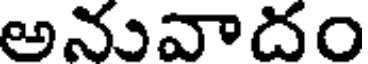
అనువాదం